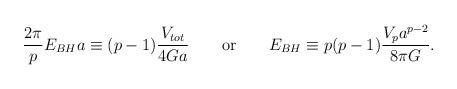
LaTeX: \begin{align*}{{2\pi}\over p}E_{BH}a\equiv (p-1){{V_{tot}}\over{4Ga}}\ \ \ \ \ \ {\rm or} \ \ \ \ \ \ E_{BH}\equiv p(p-1){{V_pa^{p-2}}\over{8\pi G}}.\end{align*}